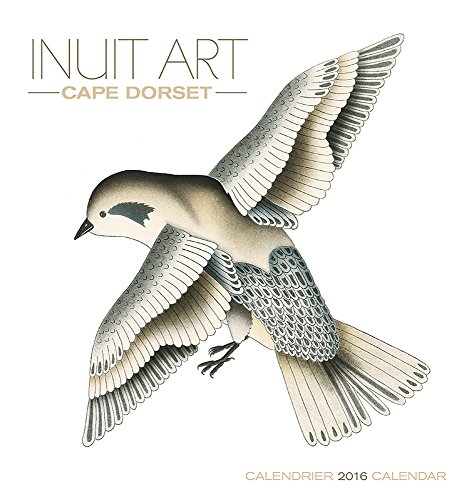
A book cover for Inuit Art/Cape Dorset 2016 Calendar; Calendars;